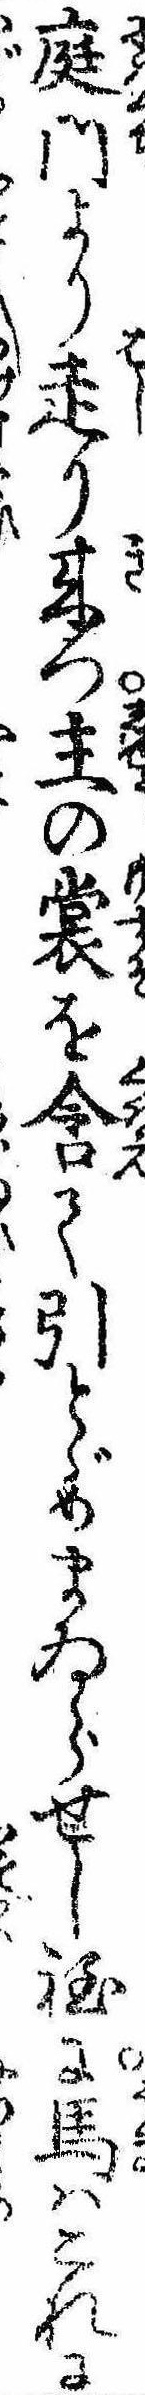
庭門より走り来つ主の裳を含て引とゞめまゐらせし程に馬はこれに